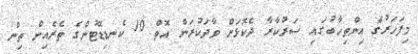
މިފަހަރުގެ އިންތިހާބުގައި ސަރުކާރާ ދެކޮޅަށް ވާދަކުރަން އޮތް 10 ކެނޑިޑޭޓުންގެ ތެރެއިން ތިން